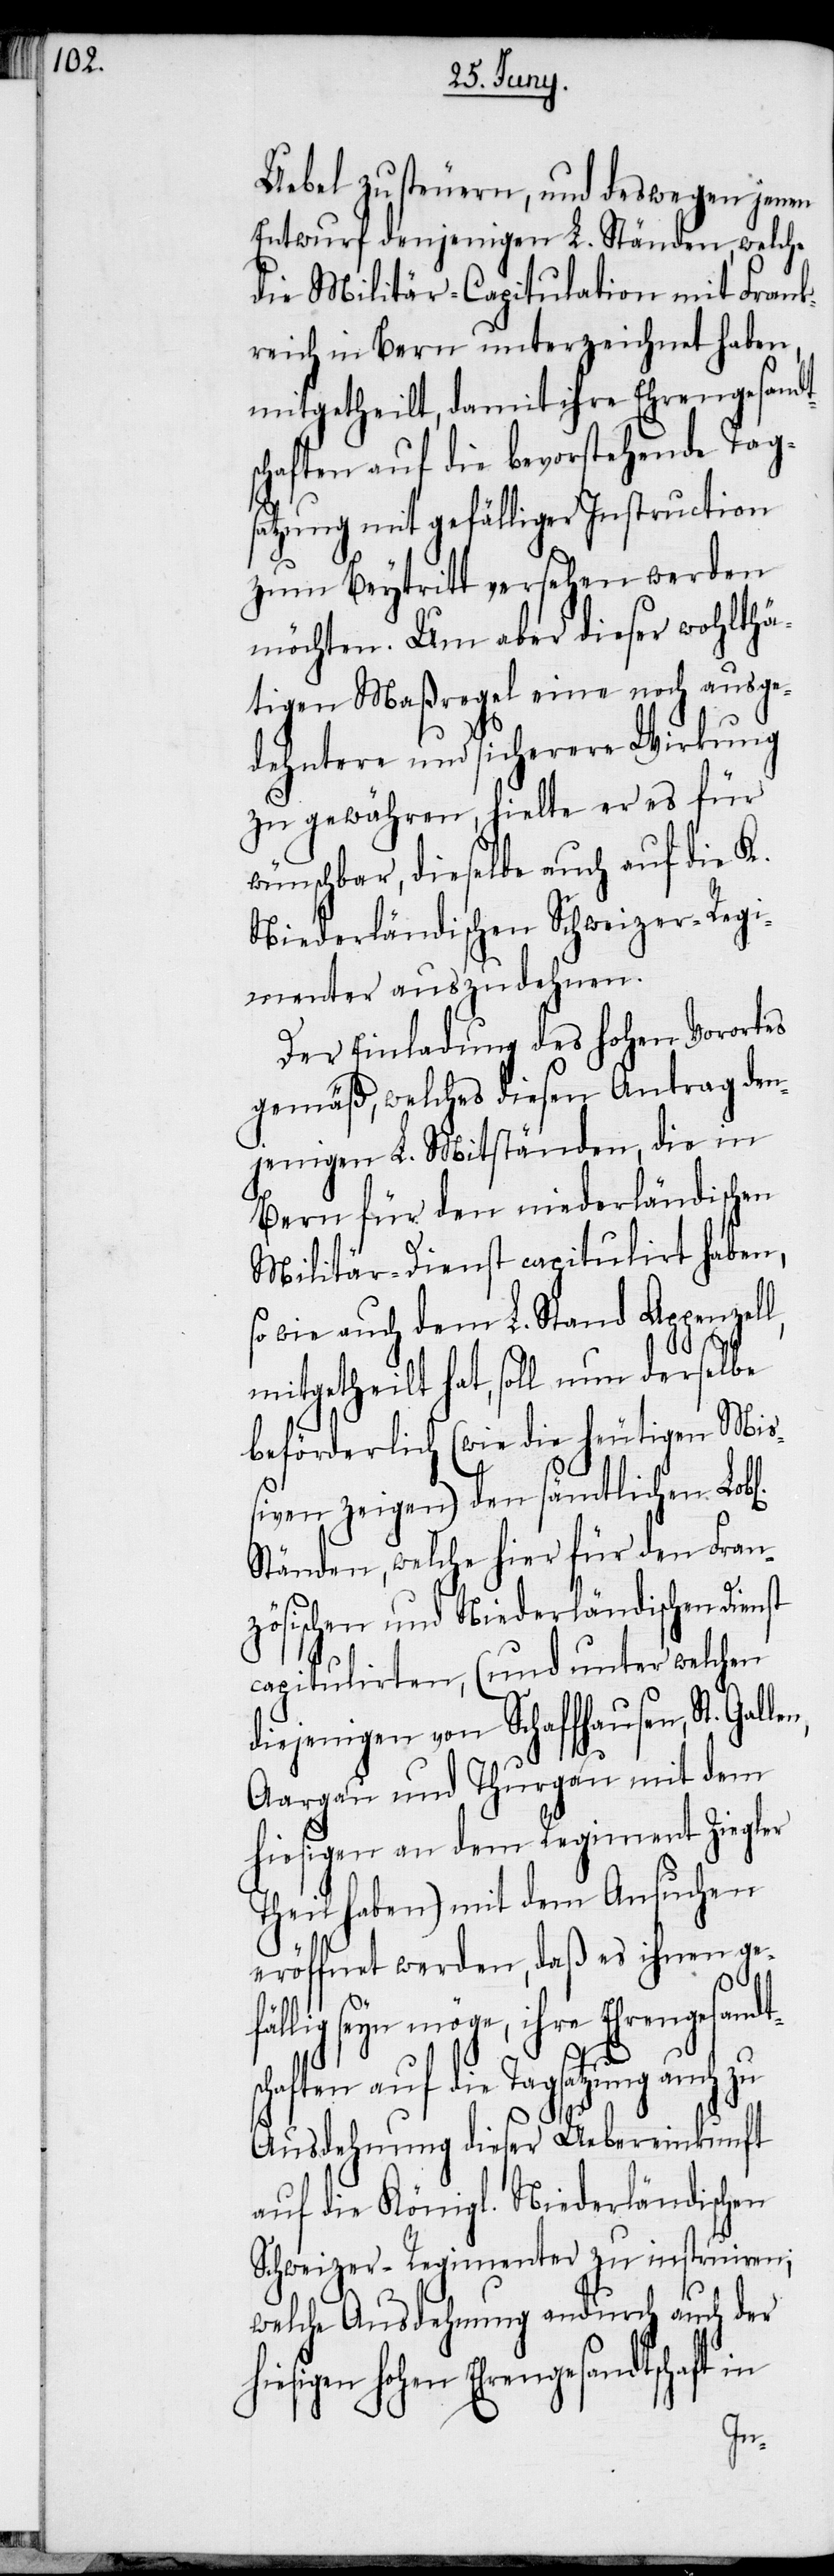
Uebel zu steuern, und deswegen jenen
Entwurf denjenigen L. Ständen, welche
die Militär-Capitulation mit Frank¬
reich in Bern unterzeichnet haben,
mitgetheilt, damit ihre Ehrengesandt¬
schaften auf die bevorstehende Tag¬
satzung mit gefälliger Instruction
zum Beytritt versehen werden
möchten. Um aber dieser wohlthä¬
tigen Maßregel eine noch ausge¬
dehntere und sicherere Wirkung
zu gewähren, hielte er es für
wünschbar, dieselbe auch auf die K.
Niederländischen Schweizer-Regi¬
menter auszudehnen.
Der Einladung des hohen Vorortes
gemäß, welches diesen Antrag den¬
Bern für den niederländischen
Militär-Dienst capitulirt haben,
so wie auch dem L. Stand Appenzel¬
mitgetheilt hat, soll nun derselbe
beförderlich (wie die heutigen Mi¬
ßiven zeigen) den sämtlichen Lob¬
Ständen, welche hier für den Fran¬
zösischen und Niederländischen Dienst
capitulirten, (und unter welchen
diejenigen von Schaffhausen, St. Gal¬
Aargau und Thurgau mit dem
hiesigen an dem Regiment Ziegler
Theil haben) mit dem Ansuchen
eröffnet werden, daß es ihnen ge¬
fällig seyn möge, ihre Ehrengesandt¬
l,
schaften auf die Tagsatzung auch zu
Ausdehnung dieser Uebereinkunft
auf die Königl. Niederländischen
Schweizer-Regimenter zu instruiren;
welche Ausdehnung andurch auch der
hohen Ehrengesandtschaft
in